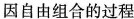
因自由组合的过程